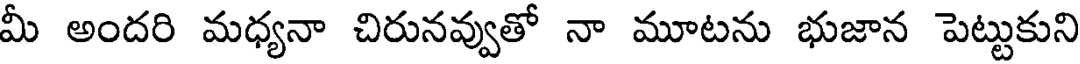
మీ అందరి మధ్యనా చిరునవ్వుతో నా మూటను భుజాన పెట్టుకుని